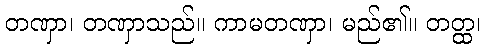
တဏှာ၊ တဏှာသည်။ ကာမတဏှာ၊ မည်၏။ တတ္ထ၊